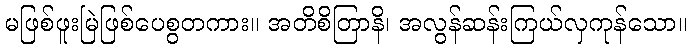
မဖြစ်ဖူးမြဲဖြစ်ပေစွတကား။ အတိစိတြာနိ၊ အလွန်ဆန်းကြယ်လှကုန်သော။